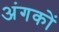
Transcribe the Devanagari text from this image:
अंगकों